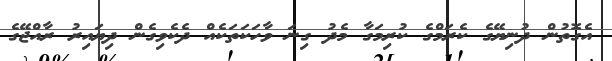
އެގޮތުން ދުނިޔޭގެ ކެރަމްގެ ކުރިމަގާ މެދު ގިނަ ވާހަކަތަކެއް ދެކެވިގެން ދިޔައިރު ރާއްޖޭގެ